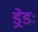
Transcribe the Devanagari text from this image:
ड्रेडः